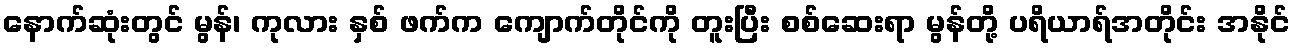
နောက်ဆုံးတွင် မွန်၊ ကုလား နှစ် ဖက်က ကျောက်တိုင်ကို တူးပြီး စစ်ဆေးရာ မွန်တို့ ပရိယာရ်အတိုင်း အနိုင်